Document type: Sale
Year: 1326
Scribe: Bartomeu Marc
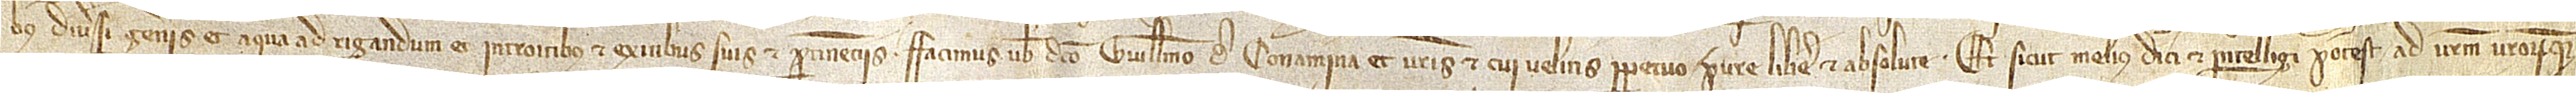
bus diversi generis et aqua ad rigandum et introitibus et exitibus suis et pertinenciis, facimus vobis dicto Guillelmo de Conamina et vestris et cui velitis perpetuo pure, libere et absolute. Et sicut melius dici et intelligi potest ad vestrum vestrorumque